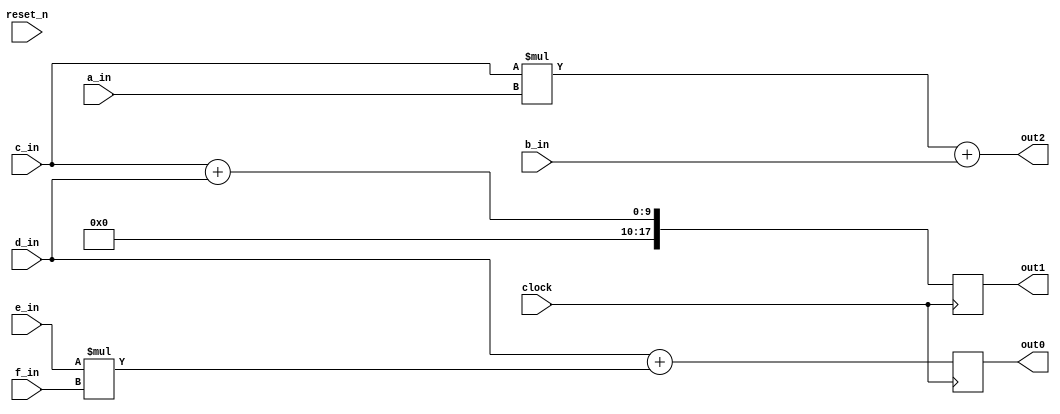
// DEFINES
`define BITS0 9         // Bit width of the operands
`define BITS2 18         // Bit width of the operands

// sees if the softaware matches simple primitives 
module 	bm_match6_str_arch(clock, 
		reset_n, 
		a_in, 
		b_in,
		c_in, 
		d_in, 
		e_in, 
		f_in, 
		out0,
		out1,
		out2,
);

// SIGNAL DECLARATIONS
input	clock;
input 	reset_n;

input [`BITS0-1:0] a_in;
input [`BITS0-1:0] b_in;
input [`BITS0-1:0] c_in;
input [`BITS0-1:0] d_in;
input [`BITS0-1:0] e_in;
input [`BITS0-1:0] f_in;

output [`BITS2-1:0] out0;
output [`BITS2-1:0] out1;
output [`BITS2-1:0] out2;

reg [`BITS2-1:0] out0;
reg [`BITS2-1:0] out1;
wire [`BITS2-1:0] out2;

assign out2 = c_in * a_in + b_in;

always @(posedge clock)
begin
	out0 <= d_in + e_in * f_in;
	out1 <= c_in + d_in;
end

endmodule